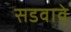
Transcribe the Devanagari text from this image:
सडवावे